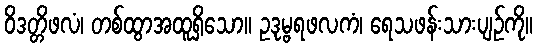
ဝိဒတ္တိဖလံ၊ တစ်ထွာအထူရှိသော။ ဥဒုမ္ဗရဖလကံ၊ ရေသဖန်းသားပျဉ်ကို။